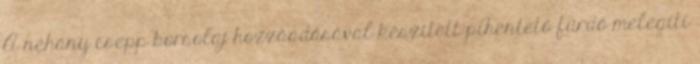
A néhány csepp borsolaj hozzáadásával készített pihentető fürdő melegíti